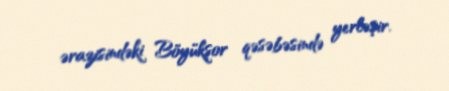
ərazisindəki Böyükşor qəsəbəsində yerləşir.